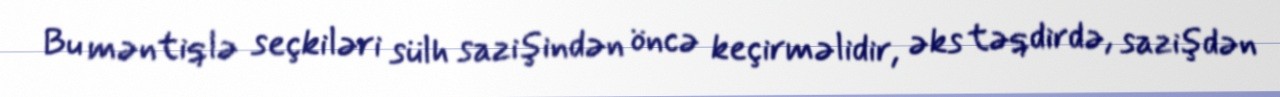
Bu məntiqlə seçkiləri sülh sazişindən öncə keçirməlidir, əks təqdirdə, sazişdən